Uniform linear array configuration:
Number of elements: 16
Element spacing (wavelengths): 0.5
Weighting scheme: blackman
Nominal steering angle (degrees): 30
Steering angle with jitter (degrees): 31.875
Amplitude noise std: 0.05
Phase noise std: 0.05

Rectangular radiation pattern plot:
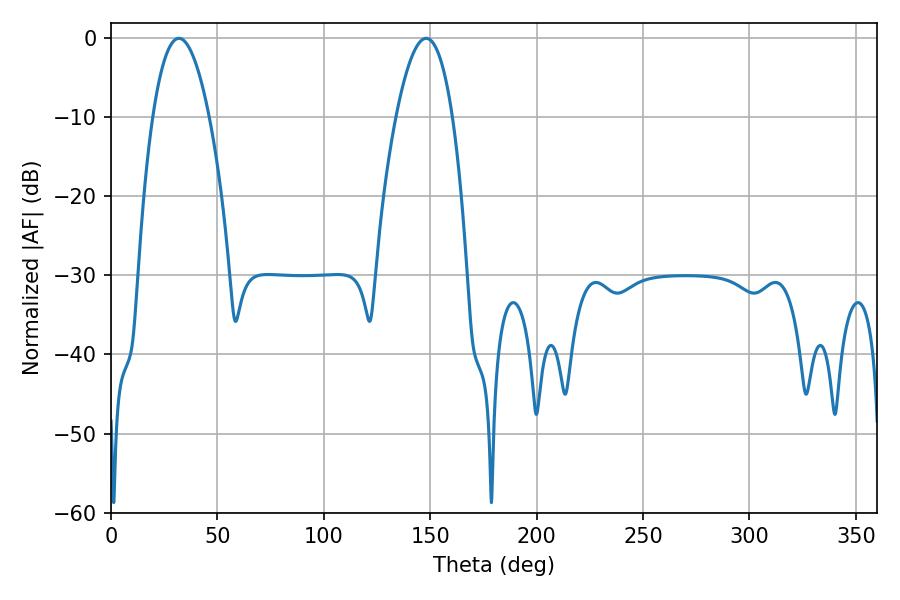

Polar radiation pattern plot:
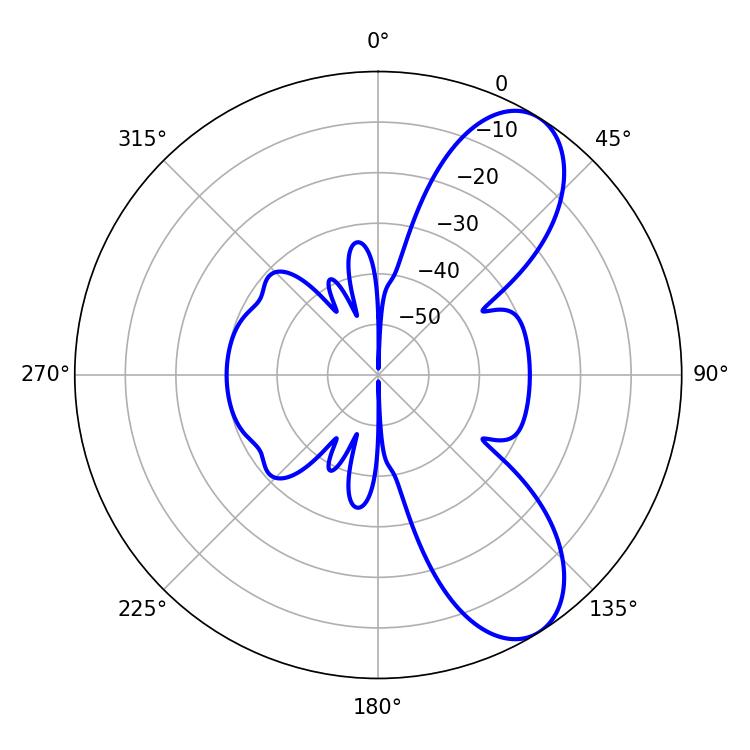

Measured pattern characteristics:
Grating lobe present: FALSE
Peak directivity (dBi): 8.366
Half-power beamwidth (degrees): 14.76
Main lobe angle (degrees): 31.86